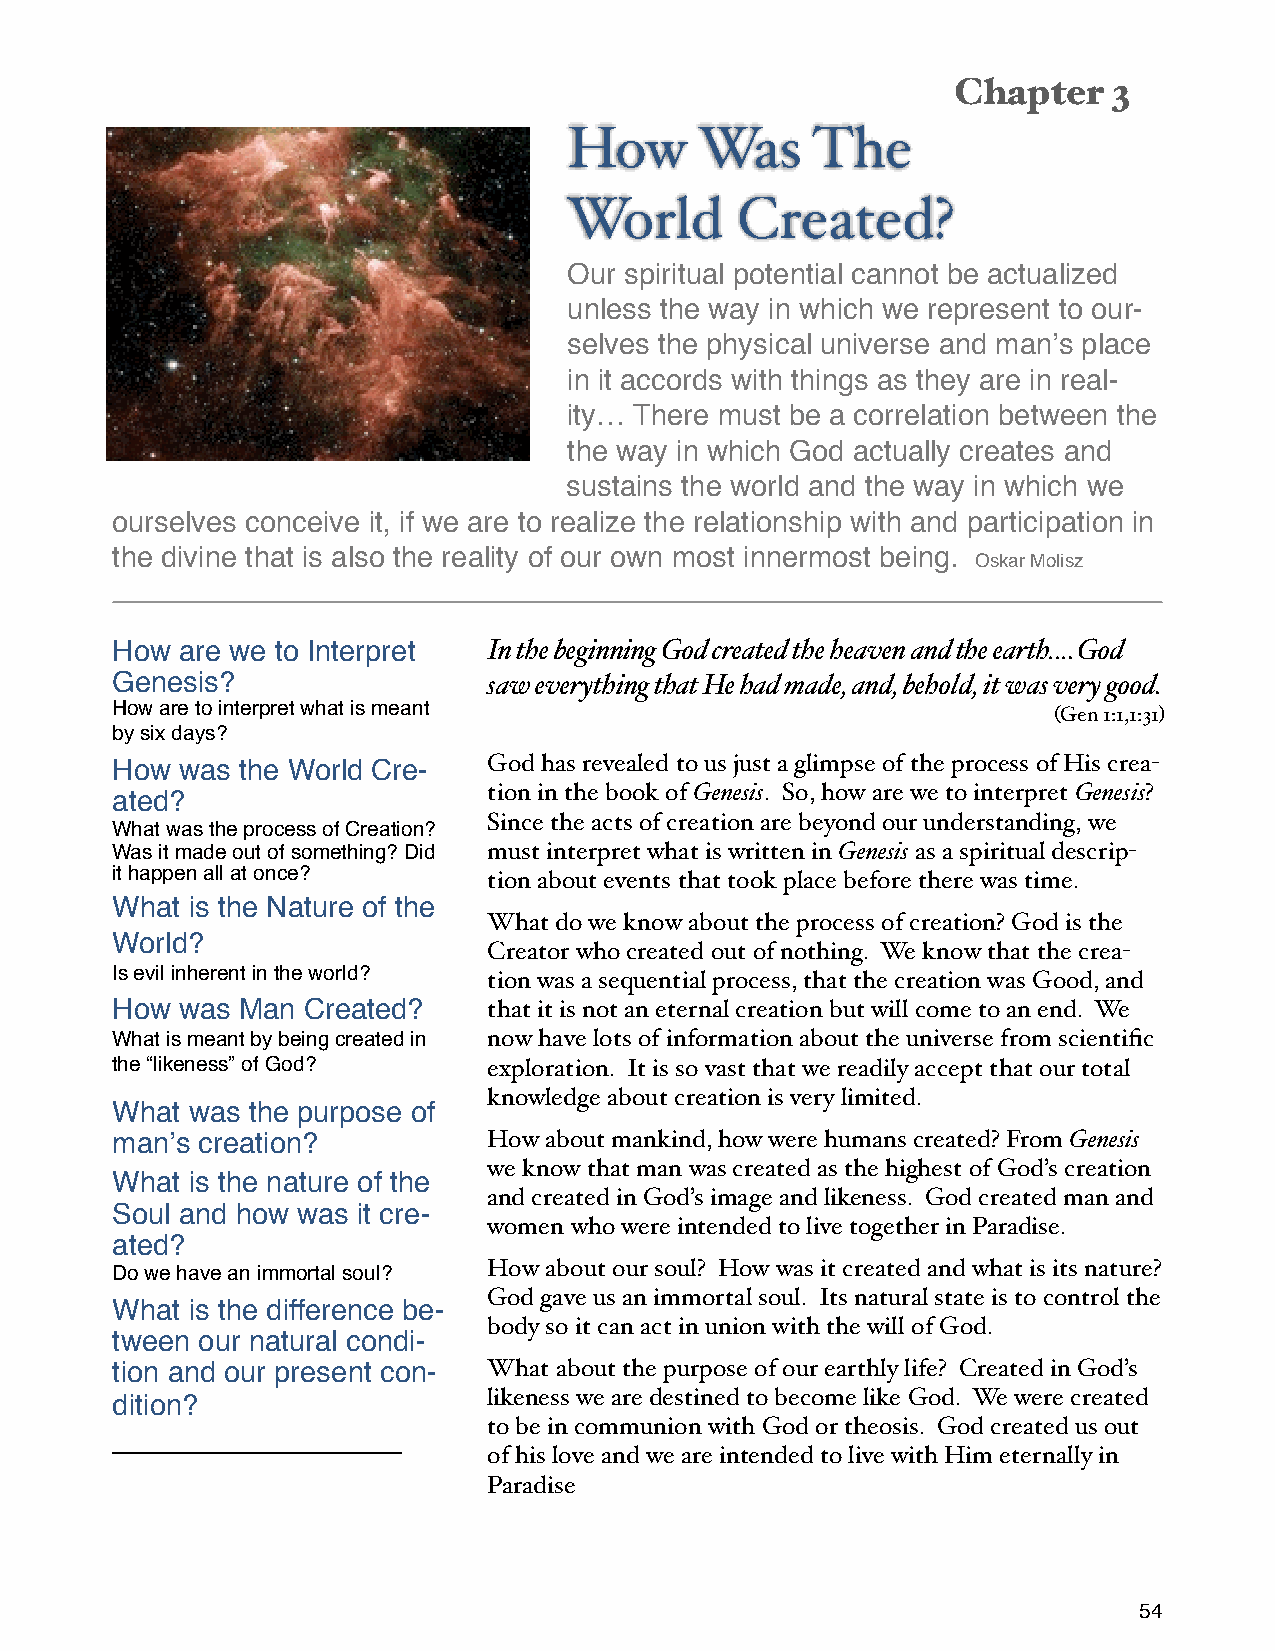
Chapter    3
 How     Was     The
 World      Created?
 Our spiritual potential cannot be actualized
 unless the way in which we represent to our-
 selves the physical universe and manʼs place
 in it accords with things as they are in real-
 ity… There must be a correlation between the
 the way in which God actually creates and
 sustains the world and the way in which we
 ourselves conceive it, if we are to realize the relationship with and participation in
 the divine that is also the reality of our own most innermost being.
 Oskar Molisz
 How  are we to Interpret In the beginning God created the heaven and the earth…. God
 Genesis?                 saw everything that He had made, and, behold, it was very good.
 How are to interpret what is meant
 (Gen 1:1,1:31)
 by six days?
 How  was the World Cre-  God has revealed to us just a glimpse of the process of His crea-
 ated?                    tion in the book of Genesis. So, how are we to interpret Genesis?
 Since the acts of creation are beyond our understanding, we
 What was the process of Creation?
 Was it made out of something? Did must interpret what is written in Genesis as a spiritual descrip-
 it happen all at once?
 tion about events that took place before there was time.
 What is the Nature of the
 What do we know about the process of creation? God is the
 World?
 Creator who created out of nothing. We know that the crea-
 Is evil inherent in the world?
 tion was a sequential process, that the creation was Good, and
 How  was Man Created?    that it is not an eternal creation but will come to an end. We
 What is meant by being created in now have lots of information about the universe from scientific
 the “likeness” of God?   exploration. It is so vast that we readily accept that our total
 knowledge about creation is very limited.
 What was the purpose of
 manʼs creation?          How about mankind, how were humans created? From Genesis
 we know that man was created as the highest of God’s creation
 What is the nature of the
 and created in God’s image and likeness. God created man and
 Soul and how was it cre-
 women who were intended to live together in Paradise.
 ated?
 Do we have an immortal soul? How about our soul? How was it created and what is its nature?
 God gave us an immortal soul. Its natural state is to control the
 What is the difference be-
 body so it can act in union with the will of God.
 tween our natural condi-
 tion and our present con- What about the purpose of our earthly life? Created in God’s
 dition?                  likeness we are destined to become like God. We were created
 to be in communion with God or theosis. God created us out
 of his love and we are intended to live with Him eternally in
 Paradise
 54